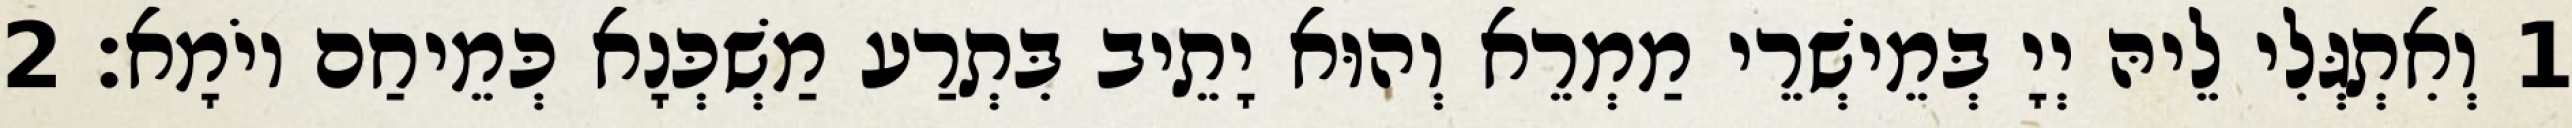
1 וְאִתְגְּלִי לֵיהּ יְיָ בְּמֵישְׁרֵי מַמְרֵא וְהוּא יָתֵיב בִּתְרַע מַשְׁכְּנָא כְּמֵיחַם יוֹמָא׃ 2